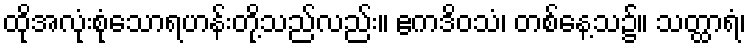
ထိုအလုံးစုံသောရဟန်းတို့သည်လည်း။ ဧကဒိဝသံ၊ တစ်နေ့သ၌။ သတ္ထာရံ၊